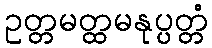
ဥတ္တမတ္ထမနုပ္ပတ္တံ